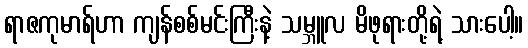
ရာဇကုမာရ်ဟာ ကျန်စစ်မင်းကြီးနဲ့ သမ္ဘူလ မိဖုရားတို့ရဲ့ သားပေါ့။